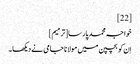
[22]
خواجہ محمد پارسا[ترمیم]
اِن کو بچپن میں مولانا جامی نے دیکھا۔